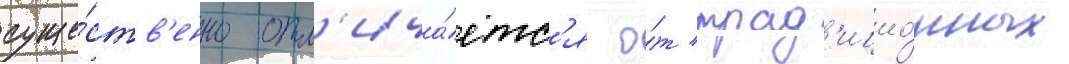
суще́ств'енно отл'ича́етс'я о́т трад'ицио́нных